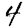
Digit: 4